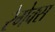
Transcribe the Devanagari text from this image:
रेगेक्स